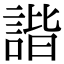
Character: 諧